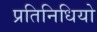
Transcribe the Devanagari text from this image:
प्रतिनिधियो